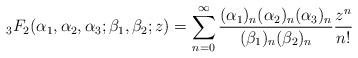
LaTeX: \begin{align*}{}_3 F_2(\alpha_1,\alpha_2, \alpha_3; \beta_1, \beta_2; z)=\sum_{n=0}^{\infty}\frac{(\alpha_1)_n(\alpha_2)_n(\alpha_3)_n}{(\beta_1)_n(\beta_2)_n}\frac{z^n}{n!}\end{align*}